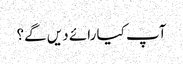
آپ کیا رائے دیں گے؟